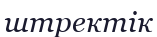
штректік